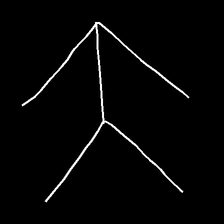
Glyph: gather